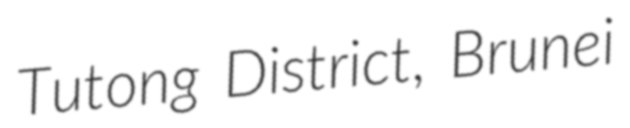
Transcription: Tutong District, Brunei